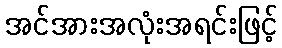
အင်အားအလုံးအရင်းဖြင့်